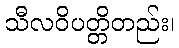
သီလဝိပတ္တိတည်း၊